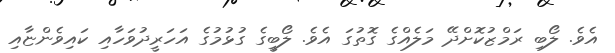
އެވެ. ލޯބި ރަމްޒުކޮށްދޭ މަލެއްގެ ގޮތުގަ އެވެ. ލޯބީގެ ގުޅުމުގެ އަހަރީދުވަހާއި ކައިވެންޏާއި